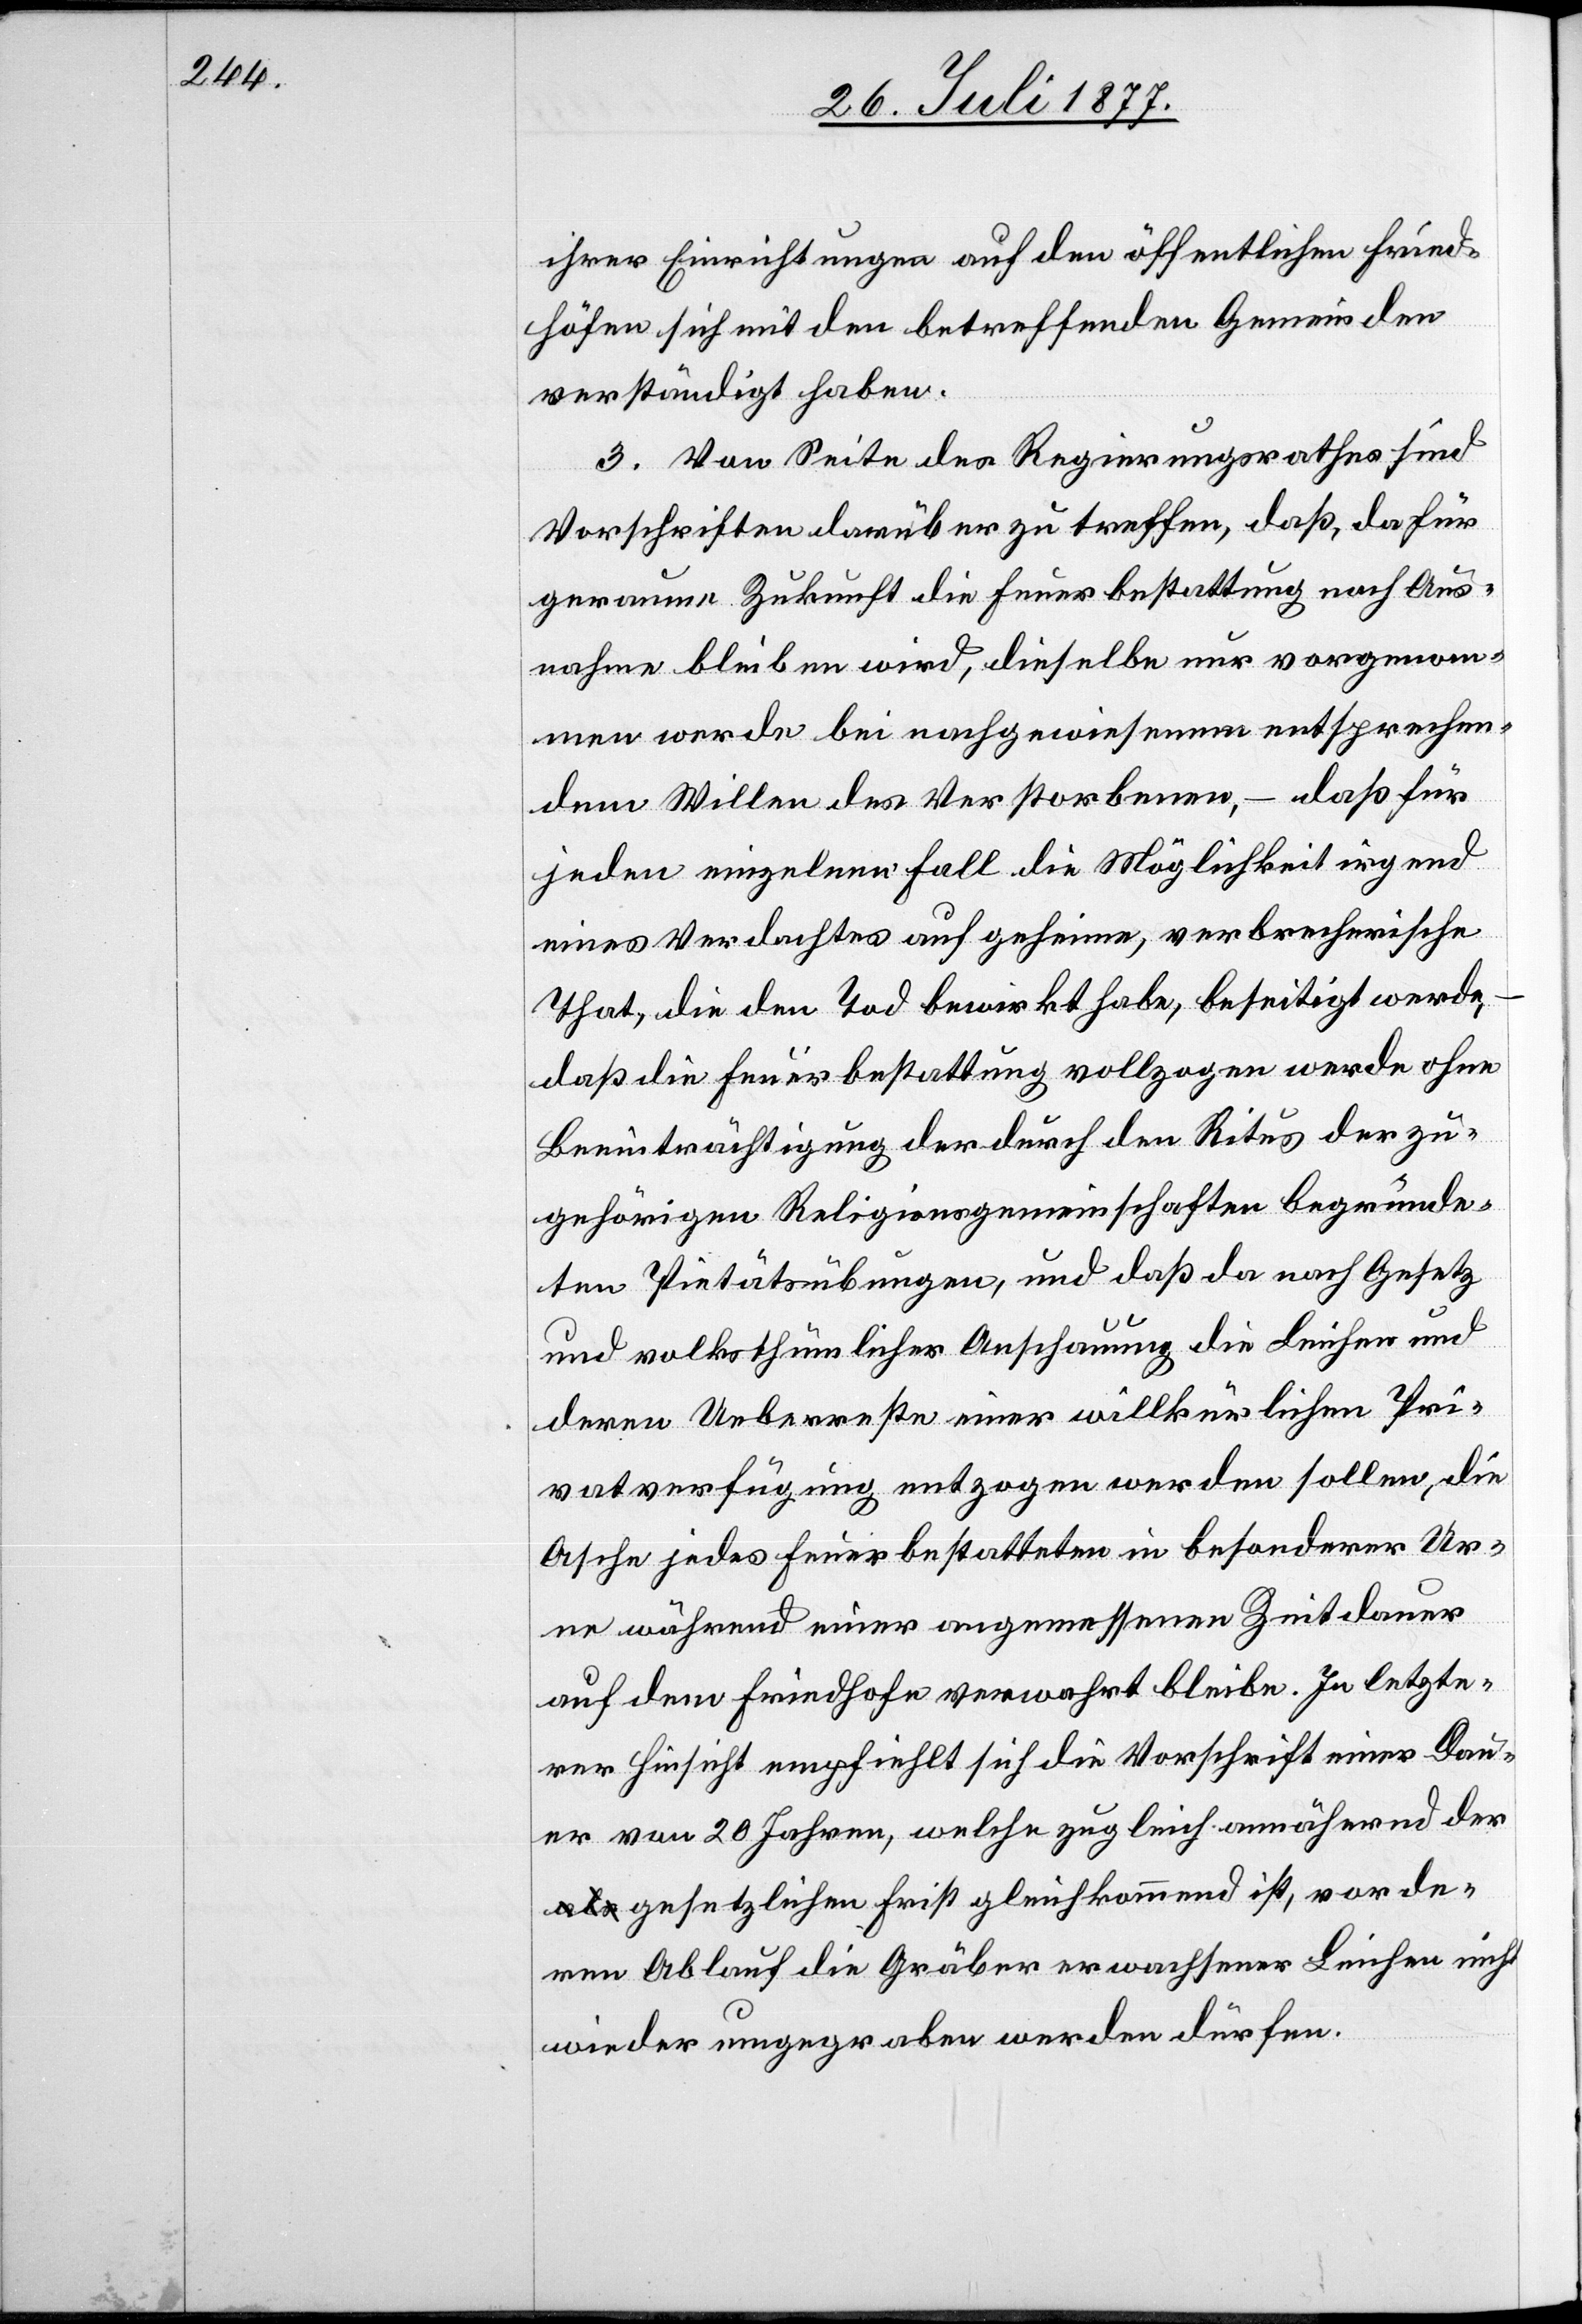
ihrer Einrichtungen auf den öffentlichen Fried¬
höfen sich mit den betreffenden Gemeinden
verständigt haben.
3. Von Seite des Regierungsrathes sind
Vorschriften darüber zu treffen, daß, da für
geraume Zukunft die Feuerbestattung noch Aus¬
nahme bleiben wird, dieselbe nur vorgenom¬
men werde bei nachgewiesenem entsprechen¬
dem Willen des Verstorbenen, – daß für
jeden einzelnen Fall die Möglichkeit irgend
eines Verdachtes auf geheime, verbrecherische
That, die den Tod bewirkt habe, beseitigt werde,
daß die Feuerbestattung vollzogen werde ohne
Beeinträchtigung der durch den Ritus der zu¬
gehörigen Religionsgemeinschaften begründe¬
ten Pietätsübungen, und daß da nach Gesetz
und volksthümlicher Anschauung die Leichen und
deren Ueberreste einer willkürlichen Pri¬
vatverfügung entzogen werden sollen, die
Asche jedes Feuerbestatteten in besonderer Ur¬
ne während einer angemessenen Zeitdauer
auf dem Friedhofe verwahrt bleibe. In letzte¬
rer Hinsicht empfiehlt sich die Vorschrift einer Dau¬
er von 20 Jahren, welche zugleich annähernd der
gesetzlichen Frist gleichkommend ist, vor de¬
ren Ablauf die Gräber erwachsener Leichen nicht
wieder umgegraben werden dürfen.